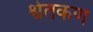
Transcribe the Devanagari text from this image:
श्वेतकण